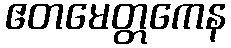
ဧတမေတ္တကေန